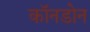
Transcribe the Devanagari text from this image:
कॉनडोन